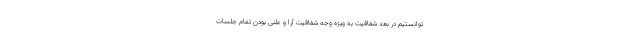
توانستیم در بعد شفافیت به ویژه وجه شفافیت آرا و علنی بودن تمام جلسات